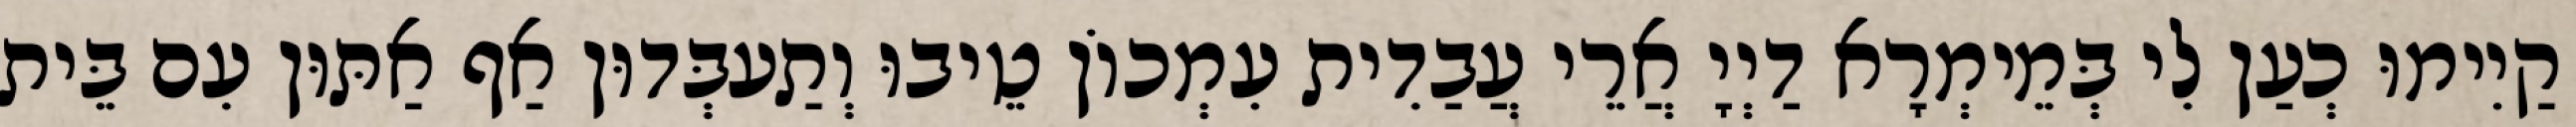
קַיִימוּ כְעַן לִי בְּמֵימְרָא דַיְיָ אֲרֵי עֲבַדִית עִמְכוֹן טֵיבוּ וְתַעבְּדוּן אַף אַתּוּן עִם בֵּית